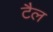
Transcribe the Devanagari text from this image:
टैल